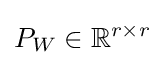
P_{W}\in \mathbb {R} ^{r\times r}